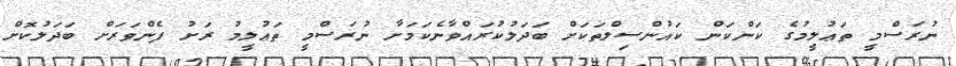
ނުރަސްމީ ތަޢުލީމުގެ ކަންކަން ކައުންސިލްތަކަށް ބަދަލުކުރައްވާނެކަމަށާ ނުރަސްމީ ތަޢުލީމު ރަށު ފެންވަރަށް ބަދަލުކޮށް